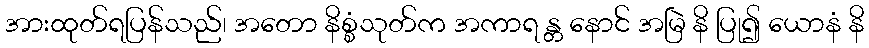
အားထုတ်ရပြန်သည်၊ အတော နိစ္စံသုတ်က အကာရ န္တ နောင် အမြဲ နိ ပြု၍ ယောနံ နိ